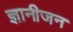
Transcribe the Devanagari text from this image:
ज्ञानीजन